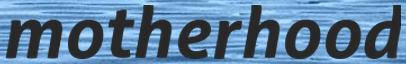
motherhood